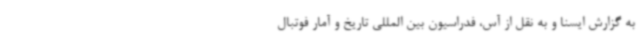
به گزارش ایسنا و به نقل از آس، فدراسیون بین المللی تاریخ و آمار فوتبال